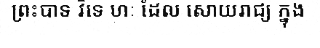
ព្រះបាទ វិទេ ហៈ ដែល សោយរាជ្យ ក្នុង